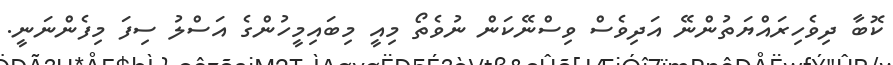
ކޮބާ ދިވެހިރައްޔަތުންނޭ އަދިވެސް ވިސްނޭކަން ނުވެތޯ މިއީ މިބައިމީހުންގެ އަސްލު ސިފަ މިފެންނަނީ.